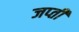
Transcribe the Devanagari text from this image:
जप्‍ती